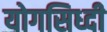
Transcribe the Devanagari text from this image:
योगसिध्दी